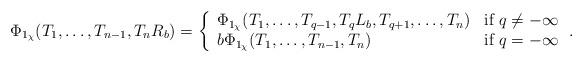
LaTeX: \begin{align*}\Phi_{1_\chi}(T_1, \ldots, T_{n-1}, T_nR_b) = \left\{\begin{array}{ll}\Phi_{1_\chi}(T_1, \ldots, T_{q-1}, T_q L_b, T_{q+1}, \ldots, T_n) & \mbox{if } q \neq -\infty \\b\Phi_{1_\chi}(T_1, \ldots, T_{n-1}, T_n) & \mbox{if } q = -\infty\end{array} \right. .\end{align*}